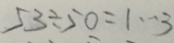
5 3 \div 5 0 = 1 \cdots 3